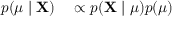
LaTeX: \begin{array} { r l } { p ( \mu \mid \mathbf { X } ) } & { { } \propto p ( \mathbf { X } \mid \mu ) p ( \mu ) } \end{array}